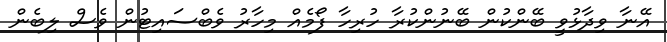
އޭނާ ވިދާޅުވީ ބޭންކުން ބޭނުންކުރާ ހުރިހާ ފޯމެއް މިހާރު ވެބްސައިޓުން ވެސް ލިބެން